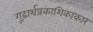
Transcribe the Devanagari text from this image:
गूढ़ार्थप्रकाशिकाकार